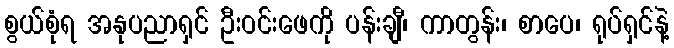
စွယ်စုံရ အနုပညာရှင် ဦးဝင်းဖေကို ပန်းချီ၊ ကာတွန်း၊ စာပေ၊ ရုပ်ရှင်နဲ့